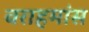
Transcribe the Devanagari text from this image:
वराहमांस